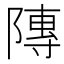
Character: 䧠